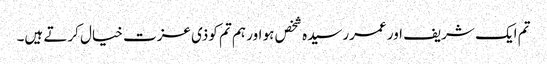
تم ایک شریف اور عمررسیدہ شخص ہو اور ہم تم کوذی عزت خیال کرتے ہیں۔